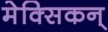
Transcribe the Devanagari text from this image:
मेक्सिकन्